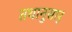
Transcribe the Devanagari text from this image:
तथानुसार्